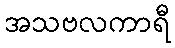
အသဗလကာရီ